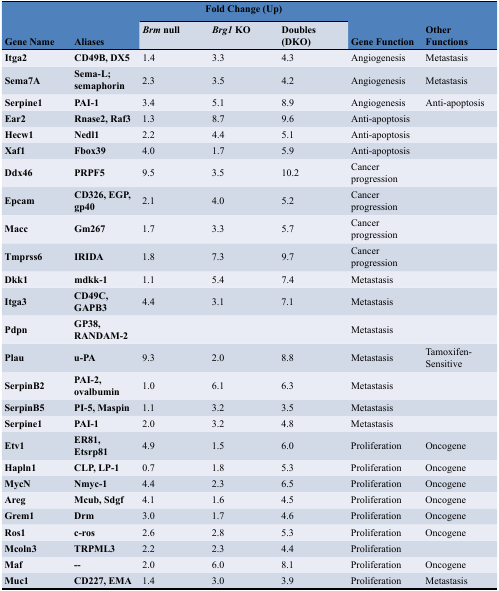
<table><thead><tr><td rowspan="2"><b>Gene Name</b></td><td rowspan="2"><b>Aliases</b></td><td colspan="3"><b>Fold Change (Up)</b></td><td rowspan="2"><b>Gene Function</b></td><td rowspan="2"><b>Other Functions</b></td></tr><tr><td><b><i>Brm</i> null</b></td><td><b><i>Brg1</i> KO</b></td><td><b>Doubles (DKO)</b></td></tr></thead><tbody><tr><td><b>Itga2</b></td><td><b>CD49B, DX5</b></td><td>1.4</td><td>3.3</td><td>4.3</td><td>Angiogenesis</td><td>Metastasis</td></tr><tr><td><b>Sema7A</b></td><td><b>Sema-L; semaphorin</b></td><td>2.3</td><td>3.5</td><td>4.2</td><td>Angiogenesis</td><td>Metastasis</td></tr><tr><td><b>Serpine1</b></td><td><b>PAI-1</b></td><td>3.4</td><td>5.1</td><td>8.9</td><td>Angiogenesis</td><td>Anti-apoptosis</td></tr><tr><td><b>Ear2</b></td><td><b>Rnase2, Raf3</b></td><td>1.3</td><td>8.7</td><td>9.6</td><td>Anti-apoptosis</td><td></td></tr><tr><td><b>Hecw1</b></td><td><b>Nedl1</b></td><td>2.2</td><td>4.4</td><td>5.1</td><td>Anti-apoptosis</td><td></td></tr><tr><td><b>Xaf1</b></td><td><b>Fbox39</b></td><td>4.0</td><td>1.7</td><td>5.9</td><td>Anti-apoptosis</td><td></td></tr><tr><td><b>Ddx46</b></td><td><b>PRPF5</b></td><td>9.5</td><td>3.5</td><td>10.2</td><td>Cancer progression</td><td></td></tr><tr><td><b>Epcam</b></td><td><b>CD326, EGP</b>,<b>gp40</b></td><td>2.1</td><td>4.0</td><td>5.2</td><td>Cancer progression</td><td></td></tr><tr><td><b>Macc</b></td><td><b>Gm267</b></td><td>1.7</td><td>3.3</td><td>5.7</td><td>Cancer progression</td><td></td></tr><tr><td><b>Tmprss6</b></td><td><b>IRIDA</b></td><td>1.8</td><td>7.3</td><td>9.7</td><td>Cancer progression</td><td></td></tr><tr><td><b>Dkk1</b></td><td><b>mdkk-1</b></td><td>1.1</td><td>5.4</td><td>7.4</td><td>Metastasis</td><td></td></tr><tr><td><b>Itga3</b></td><td><b>CD49C, GAPB3</b></td><td>4.4</td><td>3.1</td><td>7.1</td><td>Metastasis</td><td></td></tr><tr><td><b>Pdpn</b></td><td><b>GP38, RANDAM-2</b></td><td></td><td></td><td></td><td>Metastasis</td><td></td></tr><tr><td><b>Plau</b></td><td><b>u-PA</b></td><td>9.3</td><td>2.0</td><td>8.8</td><td>Metastasis</td><td>Tamoxifen-Sensitive</td></tr><tr><td><b>SerpinB2</b></td><td><b>PAI-2</b>,<b>ovalbumin</b></td><td>1.0</td><td>6.1</td><td>6.3</td><td>Metastasis</td><td></td></tr><tr><td><b>SerpinB5</b></td><td><b>PI-5, Maspin</b></td><td>1.1</td><td>3.2</td><td>3.5</td><td>Metastasis</td><td></td></tr><tr><td><b>Serpine1</b></td><td><b>PAI-1</b></td><td>2.0</td><td>3.2</td><td>4.8</td><td>Metastasis</td><td></td></tr><tr><td><b>Etv1</b></td><td><b>ER81</b>,<b>Etsrp81</b></td><td>4.9</td><td>1.5</td><td>6.0</td><td>Proliferation</td><td>Oncogene</td></tr><tr><td><b>Hapln1</b></td><td><b>CLP, LP-1</b></td><td>0.7</td><td>1.8</td><td>5.3</td><td>Proliferation</td><td>Oncogene</td></tr><tr><td><b>MycN</b></td><td><b>Nmyc-1</b></td><td>4.4</td><td>2.3</td><td>6.5</td><td>Proliferation</td><td>Oncogene</td></tr><tr><td><b>Areg</b></td><td><b>Mcub, Sdgf</b></td><td>4.1</td><td>1.6</td><td>4.5</td><td>Proliferation</td><td>Oncogene</td></tr><tr><td><b>Grem1</b></td><td><b>Drm</b></td><td>3.0</td><td>1.7</td><td>4.6</td><td>Proliferation</td><td>Oncogene</td></tr><tr><td><b>Ros1</b></td><td><b>c-ros</b></td><td>2.6</td><td>2.8</td><td>5.3</td><td>Proliferation</td><td>Oncogene</td></tr><tr><td><b>Mcoln3</b></td><td><b>TRPML3</b></td><td>2.2</td><td>2.3</td><td>4.4</td><td>Proliferation</td><td></td></tr><tr><td><b>Maf</b></td><td><b>--</b></td><td>2.0</td><td>6.0</td><td>8.1</td><td>Proliferation</td><td>Oncogene</td></tr><tr><td><b>Muc1</b></td><td><b>CD227, EMA</b></td><td>1.4</td><td>3.0</td><td>3.9</td><td>Proliferation</td><td>Metastasis</td></tr></tbody></table>